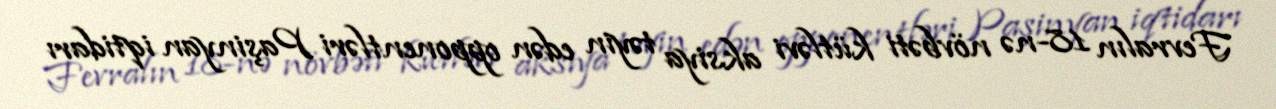
Fevralın 18-nə növbəti kütləvi aksiya təyin edən opponentləri Paşinyan iqtidarı